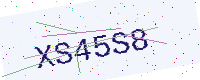
Text: XS45S8